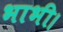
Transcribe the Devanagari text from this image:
भाभी।